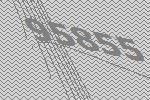
95855